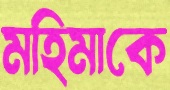
মহিমাকে